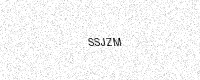
Text: SSJZM